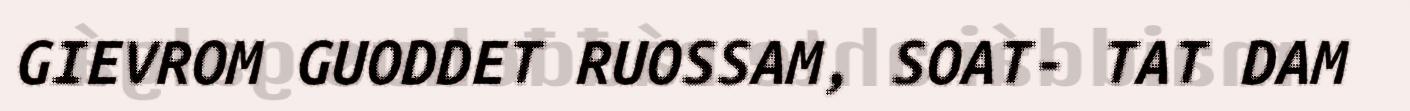
GIEVROM GUODDET RUOSSAM, SOAT- TAT DAM